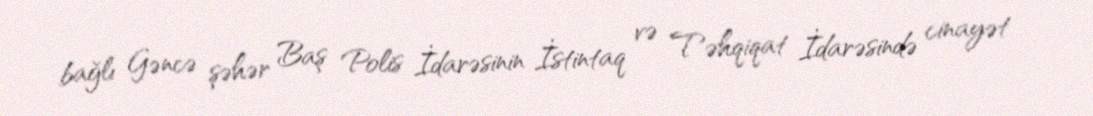
bağlı Gəncə şəhər Baş Polis İdarəsinin İstintaq və Təhqiqat İdarəsində cinayət